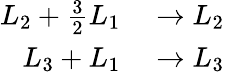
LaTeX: \begin{array}{rl}{L_{2}+{\frac{3}{2}}L_{1}}&{{}\to L_{2}}\\ {L_{3}+L_{1}}&{{}\to L_{3}}\end{array}